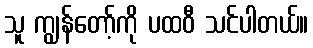
သူ ကျွန်တော့်ကို ပထဝီ သင်ပါတယ်။